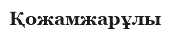
Қожамжарұлы